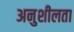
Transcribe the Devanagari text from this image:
अनुशीलता